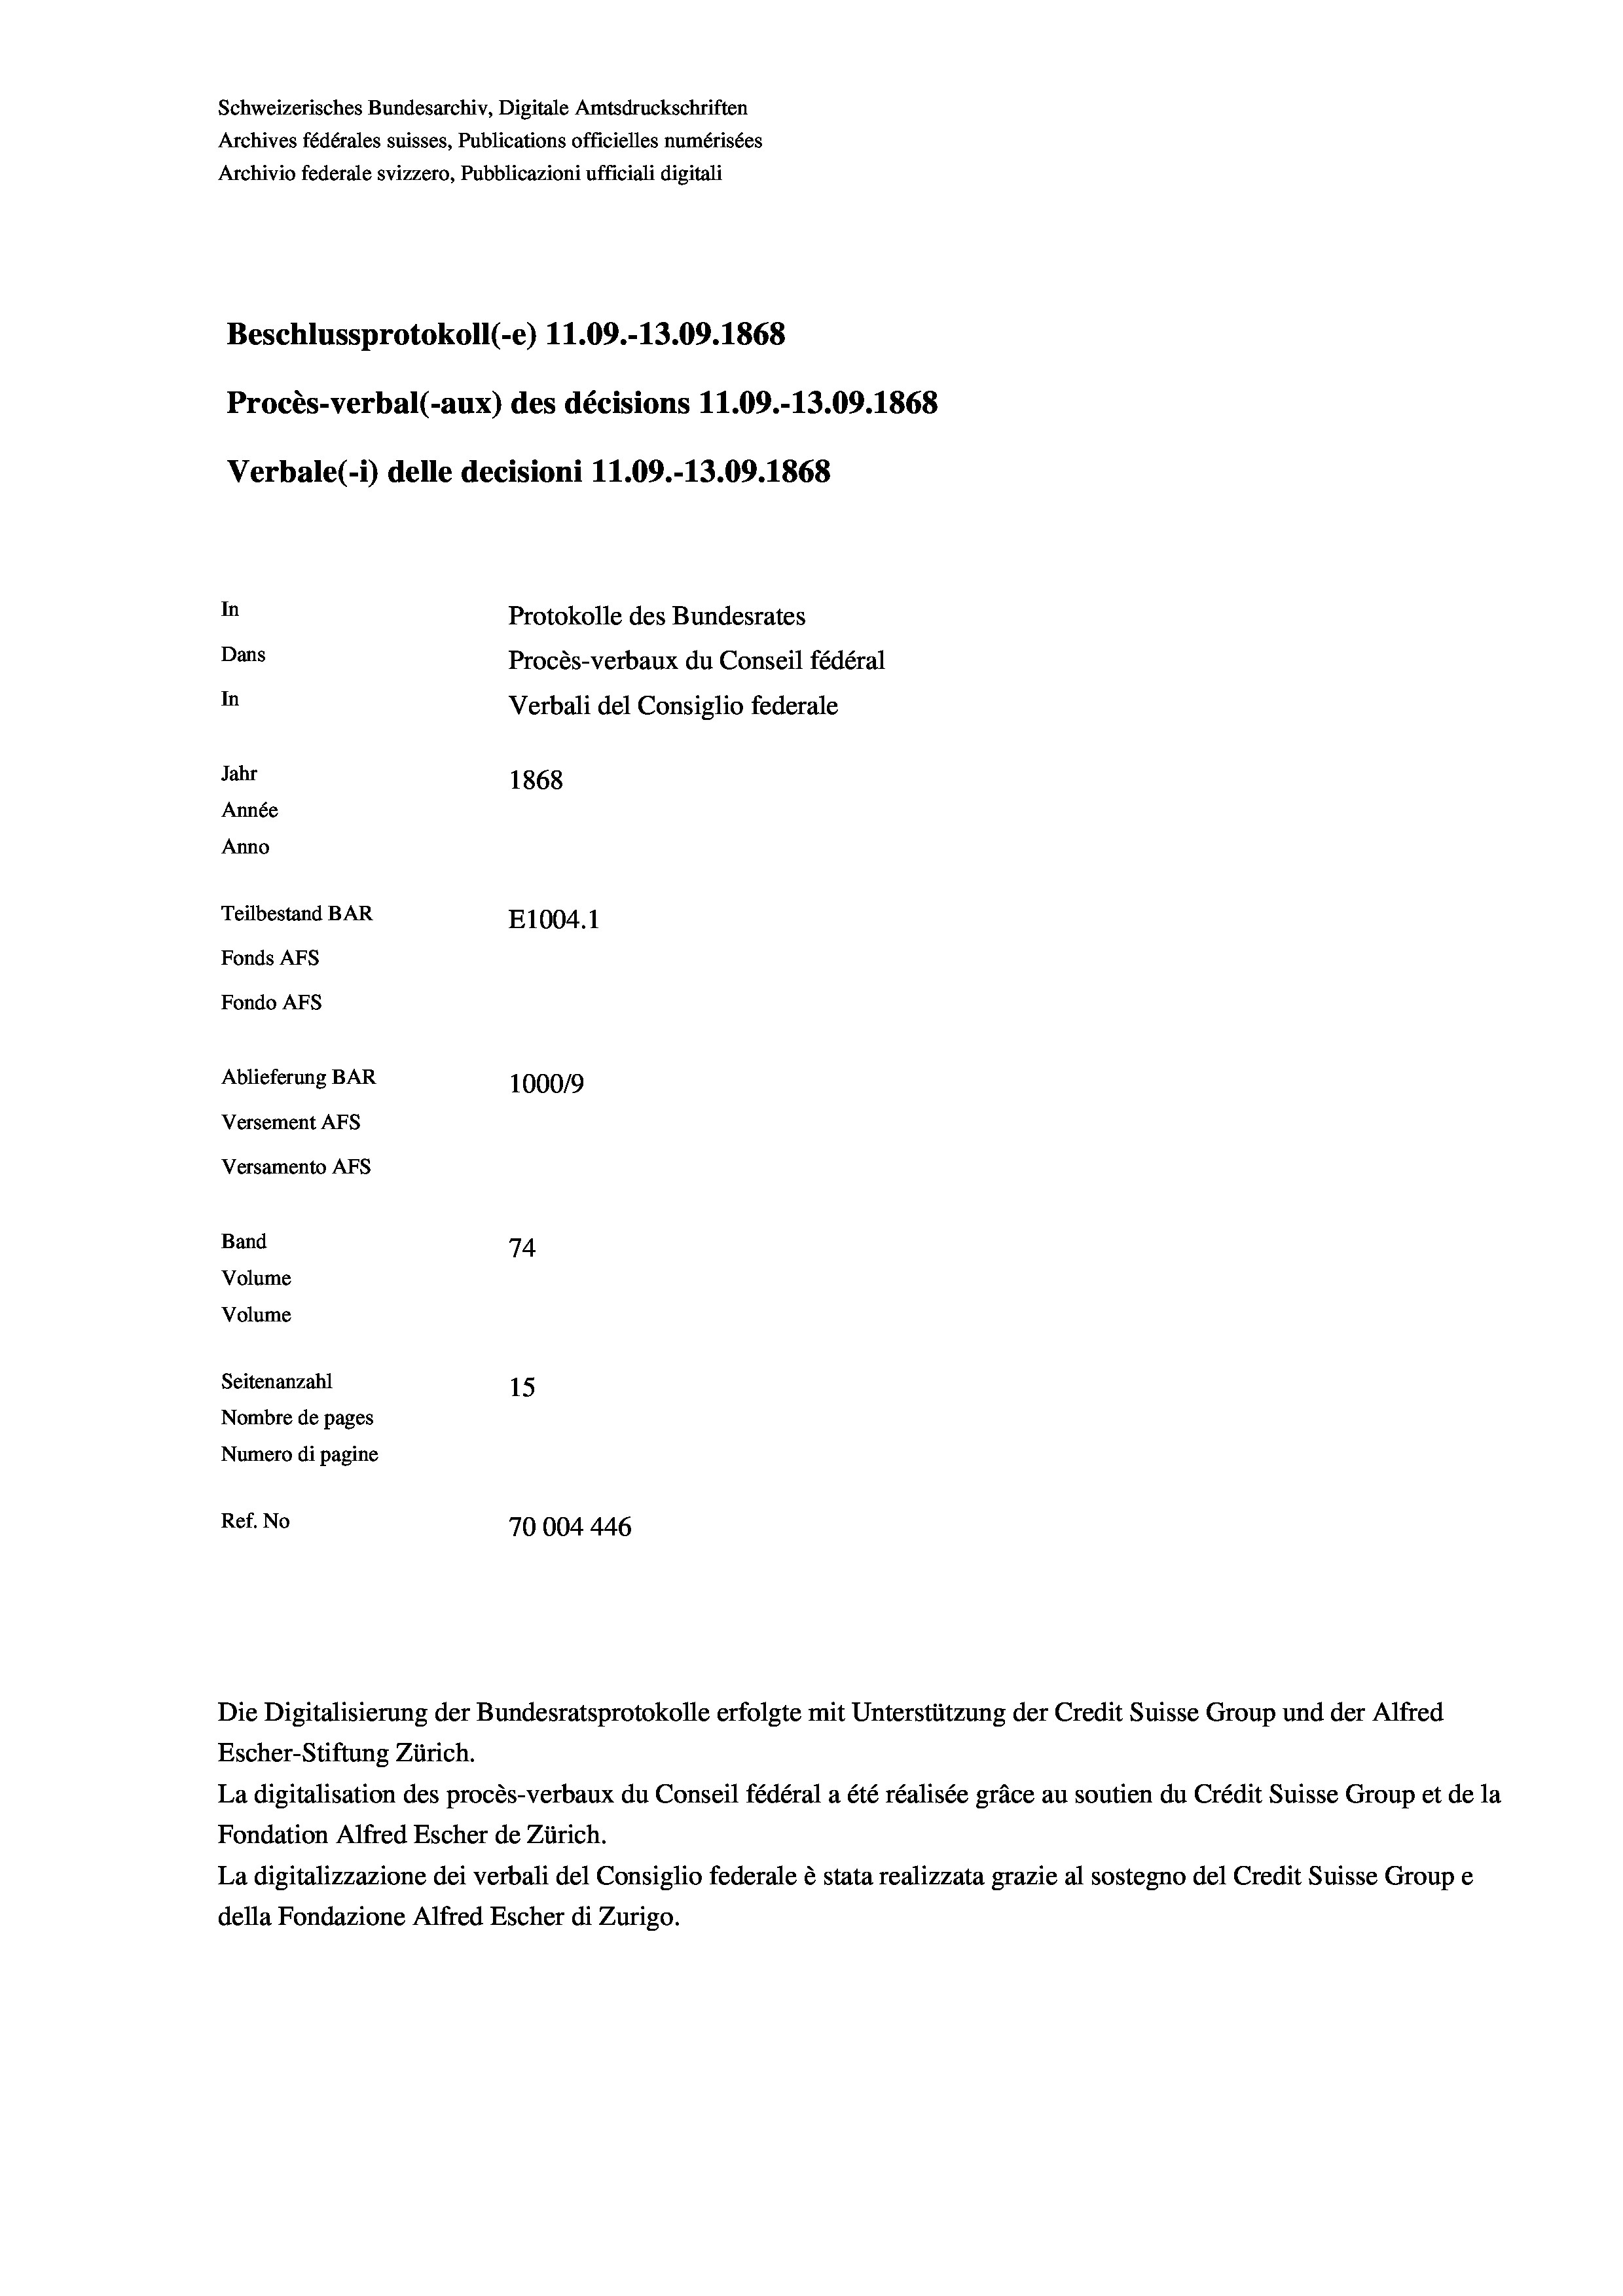
Schweizerisches Bundesarchiv, Digitale Amtsdruckschriften
Archives fédérales suisses, Publications officielles numérisées
Archivio federale svizzero, Pubblicazioni ufficiali digitali
Beschlussprotokoll (-e) 11.09.-13.09. 1868
Procès-verbal (-aux) des décisions 11.09.-13.09. 1868
Verbale(*) delle decisioni 11.09.-13.09. 1868
In
Protokolle des Bundesrates
Dans
Procès-verbaux du Conseil fédéral
In
Verbali del Consiglio federale
Jahr
1868
Année
Anno
Teilbestand BAR
E1004. 1
Fonds AFs
Fondo AFS
Ablieferung BAR
100019
Versement AFs
Versamento AFs
Band
74
Volume
Volume

Seitenanzahl
15
Nombre de pages
Numero di pagine
Ref. No
70004446

Die Digitalisierung der Bundesratsprotokolle erfolgte mit Unterstützung der Credit Suisse Group und der Alfred
Escher-Stiftung Zürich.
La digitalisation des procès-verbaux du Conseil fédéral a été réalisée gräce au soutien du Crédit Suisse Group et de la
Fondation Alfred Escher de Zürich.
La digitalizzazione dei verbali del Consiglio federale è stata realizzata grazie al sostegno del Credit Suisse Groupe
della Fondazione Alfred Escher di Zurigo.